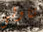
تناولى